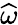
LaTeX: \widehat{\omega}